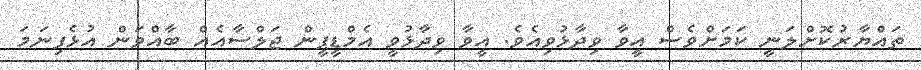
ތައްޔާރުކޮށްލަނީ ކަމަށްވެސް އީވާ ވިދާޅުވިއެވެ. އީވާ ވިދާޅުވީ އެމްޑީޕީން ޖަލްސާއެއް ބާއްވަން އުޅެފިނަމަ